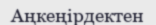
Аңкеңірдектен